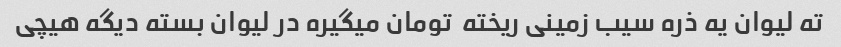
ته لیوان یه ذره سیب زمینی ریخته  تومان میگیره در لیوان بسته دیگه هیچی